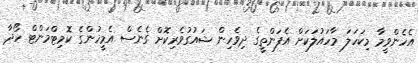
އެހެންވީމާ މިކަހަލަ މާހައުލަކަށް އެފަންތީގެ ދިވެހިން ޝައުގުވެރިކޮށް ގެނެސް އެމީހުންގެ ކޮމިޓްމަންޓް ހޯދާ